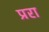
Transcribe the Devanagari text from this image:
प्ररा